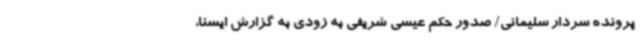
پرونده سردار سلیمانی/ صدور حکم عیسی شریفی به زودی به گزارش ایسنا،